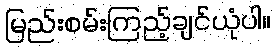
မြည်းစမ်းကြည့်ချင်ယုံပါ။